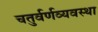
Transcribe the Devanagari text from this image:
चतुर्वर्णव्यवस्था